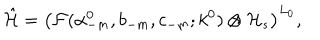
LaTeX: \hat { \cal H } = \left( { \cal F } ( \alpha _ { - m } ^ { 0 } , b _ { - m } , c _ { - m } ; k ^ { 0 } ) \otimes { \cal H } _ { s } \right) ^ { L _ { 0 } } ,